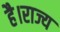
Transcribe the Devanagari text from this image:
है।राज्य